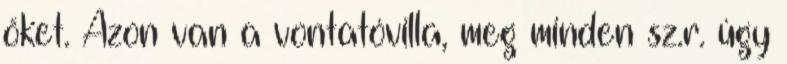
őket. Azon van a vontatóvilla, meg minden sz.r. úgy